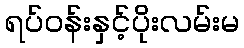
ရပ်ဝန်းနှင့်ပိုးလမ်းမ